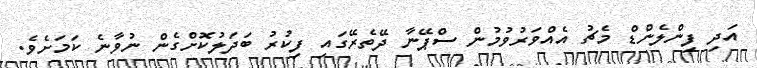
އަދި ފިންލެންޑް މެޗު އެއްވަރުވުމުން ސްޕޭނާ ދޭތެރޭގައި ފިކުރު ބަދަލުކޮށްގެން ނުވާނެ ކަމަށެވެ.